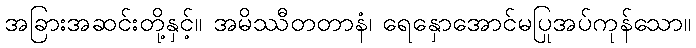
အခြားအဆင်းတို့နှင့်။ အမိဿီတတာနံ၊ ရေနှောအောင်မပြုအပ်ကုန်သော။